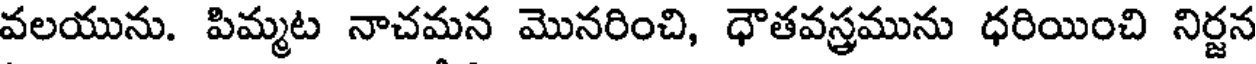
వలయును. పిమ్మట నాచమన మొనరించి, ధౌతవస్త్రమును ధరియించి నిర్జన